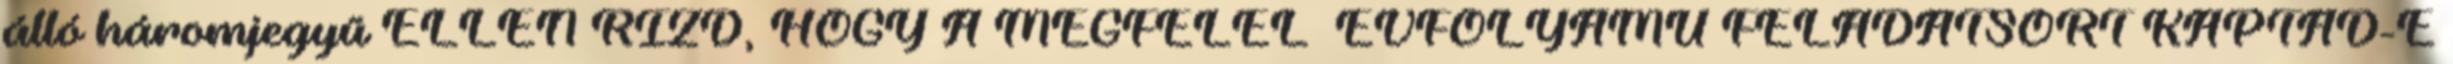
álló háromjegyű ELLENİRIZD, HOGY A MEGFELELİ ÉVFOLYAMÚ FELADATSORT KAPTAD-E